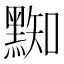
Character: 𪑜